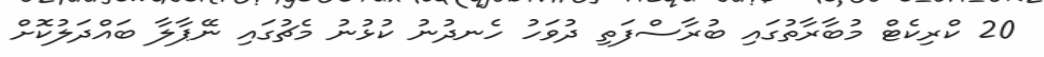
20 ކްރިކެޓް މުބާރާތުގައި ބުރާސްފަތި ދުވަހު ހެނދުނު ކުޅުނު މެޗުގައި ނޭޕާލާ ބައްދަލުކޮށް